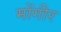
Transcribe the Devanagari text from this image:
मोंगीर